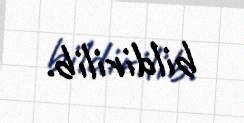
bildirilib.